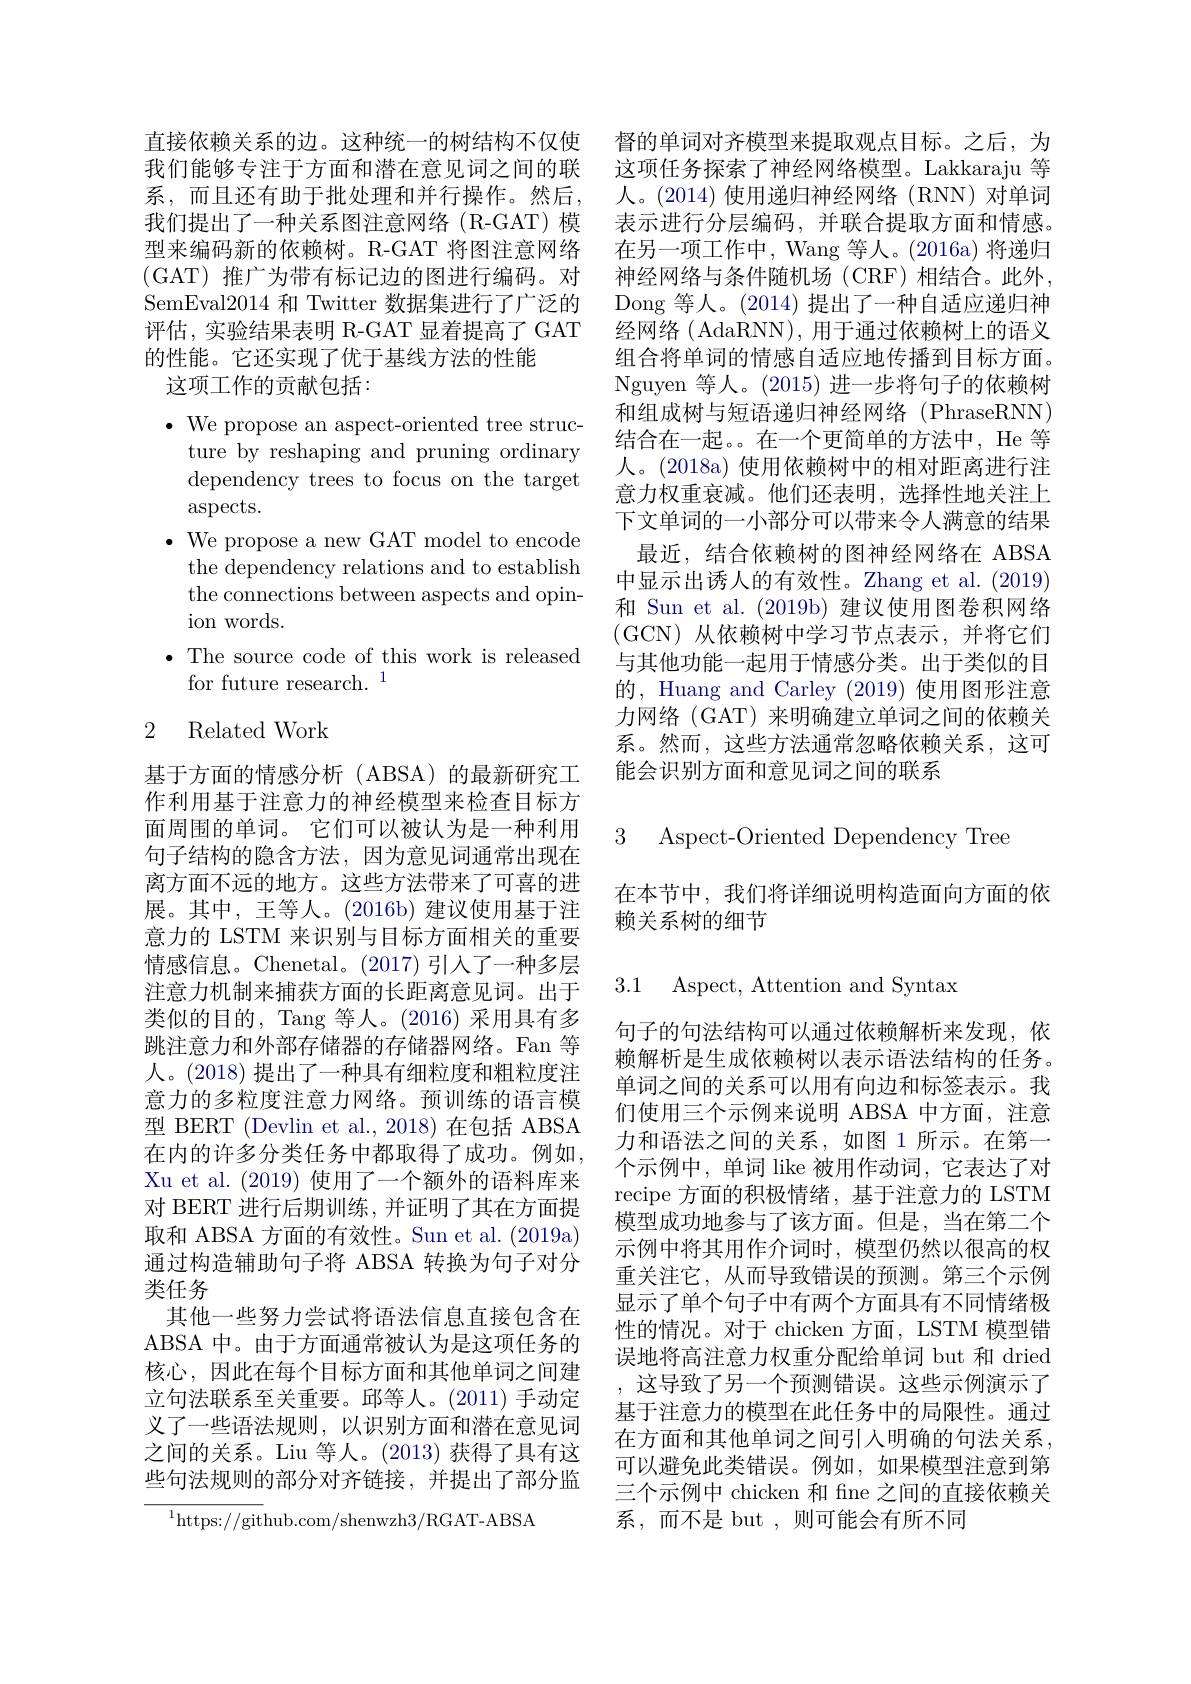
直接依赖关系的边。这种统一的树结构不仅使 督的单词对齐模型来提取观点目标。之后，为我们能够专注于方面和潜在意见词之间的联 这项任务探索了神经网络模型。Lakkaraju 等系，而且还有助于批处理和并行操作。然后，人。(2014)使用递归神经网络 (RNN)对单词我们提出了一种关系图注意网络 (R-GAT) 模 表示进行分层编码，并联合提取方面和情感。型来编码新的依赖树。R-GAT 将图注意网络 在另一项工作中，Wang 等人。(2016a) 将递归(GAT)推广为带有标记边的图进行编码。对 神经网络与条件随机场 (CRF)相结合。此外， SemEval2014 和 Twitter 数据集进行了广泛的 Dong 等人。(2014) 提出了一种自适应递归神评估，实验结果表明 R-GAT 显着提高了 GAT 经网络 (AdaRNN), 用于通过依赖树上的语义的性能。它还实现了优于基线方法的性能
这项工作的贡献包括：

$\bullet$ We propose an aspect-oriented tree struc-
ture by reshaping and pruning ordinary dependency trees to focus on the target $\operatorname{aspects.}$
$\bullet$ We propose a new GAT model to encode
the dependency relations and to establish the connections between aspects and opinion words.
$\bullet$ The source code of this work is released
for future research.$^1$

## 2 Related Work

基于方面的情感分析(ABSA)的最新研究工作利用基于注意力的神经模型来检查目标方面周围的单词。它们可以被认为是一种利用句子结构的隐含方法，因为意见词通常出现在离方面不远的地方。这些方法带来了可喜的进展。其中，王等人。(2016b) 建议使用基于注意力的 LSTM 来识别与目标方面相关的重要情感信息。Chenetal。(2017)引入了一种多层注意力机制来捕获方面的长距离意见词。出于类似的目的，Tang 等人。(2016)采用具有多跳注意力和外部存储器的存储器网络。Fan 等人。(2018) 提出了一种具有细粒度和粗粒度注意力的多粒度注意力网络。预训练的语言模型 BERT (Devlin et al., 2018) 在包括 ABSA 在内的许多分类任务中都取得了成功。例如， Xu et al. (2019)使用了一个额外的语料库来对 BERT 进行后期训练，并证明了其在方面提取和 ABSA 方面的有效性。Sun et al. (2019a) 通过构造辅助句子将 ABSA 转换为句子对分类任务
其他一些努力尝试将语法信息直接包含在ABSA 中。由于方面通常被认为是这项任务的核心，因此在每个目标方面和其他单词之间建立句法联系至关重要。邱等人。(2011) 手动定义了一些语法规则，以识别方面和潜在意见词之间的关系。Liu 等人。(2013) 获得了具有这些句法规则的部分对齐链接，并提出了部分监
$^{1}$https://github.com/shenwzh3/RGAT-ABSA

组合将单词的情感自适应地传播到目标方面。Nguyen 等人。(2015) 进一步将句子的依赖树和组成树与短语递归神经网络(PhraseRNN) 结合在一起。在一个更简单的方法中，He 等人。(2018a) 使用依赖树中的相对距离进行注意力权重衰减。他们还表明，选择性地关注上下文单词的一小部分可以带来令人满意的结果最近，结合依赖树的图神经网络在 ABSA
中显示出诱人的有效性。Zhang et al. (2019) 和 Sun et al. (2019b) 建议使用图卷积网络(GCN)从依赖树中学习节点表示，并将它们与其他功能一起用于情感分类。出于类似的目的，Huang and Carley (2019) 使用图形注意力网络(GAT)来明确建立单词之间的依赖关系。然而，这些方法通常忽略依赖关系，这可能会识别方面和意见词之间的联系

3 Aspect-Oriented Dependencv Tree

在本节中，我们将详细说明构造面向方面的依
赖关系树的细节

3.1 Aspect, Attention and Syntax

句子的句法结构可以通过依赖解析来发现，依赖解析是生成依赖树以表示语法结构的任务。单词之间的关系可以用有向边和标签表示。我们使用三个示例来说明 ABSA 中方面，注意力和语法之间的关系，如图 1 所示。在第一个示例中，单词 like 被用作动词，它表达了对recipe 方面的积极情绪，基于注意力的 LSTM 模型成功地参与了该方面。但是，当在第二个示例中将其用作介词时，模型仍然以很高的权重关注它，从而导致错误的预测。第三个示例显示了单个句子中有两个方面具有不同情绪极性的情况。对于 chicken 方面，LSTM 模型错误地将高注意力权重分配给单词 but 和 dried ,这导致了另一个预测错误。这些示例演示了基于注意力的模型在此任务中的局限性。通过在方面和其他单词之间引入明确的句法关系， 可以避免此类错误。例如，如果模型注意到第三个示例中 chicken 和 fne 之间的直接依赖关系，而不是 but ,则可能会有所不同